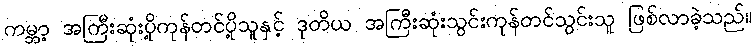
ကမ္ဘာ့ အကြီးဆုံးပို့ကုန်တင်ပို့သူနှင့် ဒုတိယ အကြီးဆုံးသွင်းကုန်တင်သွင်းသူ ဖြစ်လာခဲ့သည်။